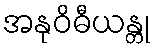
အနုဝိဓီယန္တု